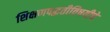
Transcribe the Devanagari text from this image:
शिक्षणपद्धतीविषयीचे